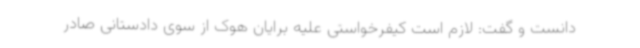
دانست و گفت: لازم است کیفرخواستی علیه برایان هوک از سوی دادستانی صادر